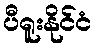
ပီရူးနိုင်ငံ